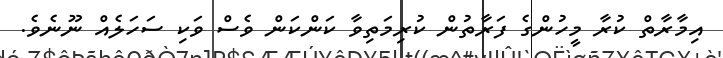
އިމާރާތް ކުރާ މީހުންގެ ފަރާތުން ކުރިމަތިވާ ކަންކަން ވެސް ވަކި ސަހަލެއް ނޫނެވެ.